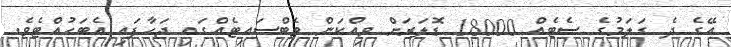
އޭގެ ދެ ގަލަމުގެ ސެޓެއް 18000 ޑޮލަރަށް ވިއްކަން ވެބްސައިޓެއްގައި ޖަހާފައި އެބަހުއްޓެވެ.